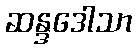
ဆန္ဒဒေါသာ